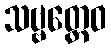
သဗ္ဗတ္ထေဝ